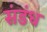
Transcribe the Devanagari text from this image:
संडंध